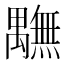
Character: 𮂭